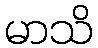
မာသိ